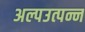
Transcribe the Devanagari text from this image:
अल्पउत्पन्न